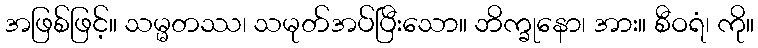
အဖြစ်ဖြင့်။ သမ္မတဿ၊ သမုတ်အပ်ပြီးသော။ ဘိက္ခုနော၊ အား။ စီဝရံ၊ ကို။